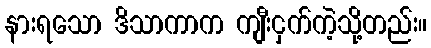
နားရသော ဒိသာကာက ကျီးငှက်ကဲ့သို့တည်း။